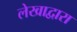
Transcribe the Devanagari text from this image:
लेखाद्वारा